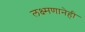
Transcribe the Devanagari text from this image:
लक्ष्मणानेही